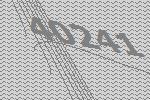
40241